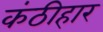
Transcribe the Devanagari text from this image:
कंठीहार